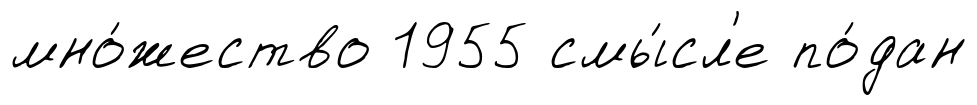
мно́жество 1955 смы́сл'е по́дан